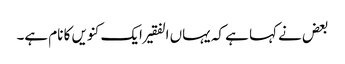
بعض نے کہا ہے کہ یہاں الفقیر ایک کنویں کا نام ہے۔